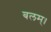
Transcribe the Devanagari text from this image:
बलम्।